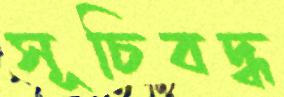
সূচিবদ্ধ